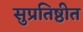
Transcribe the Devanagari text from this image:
सुप्रतिष्ठीत